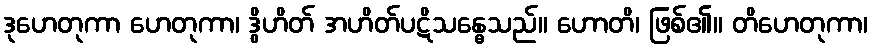
ဒုဟေတုကာ ဟေတုကာ၊ ဒွိဟိတ် အဟိတ်ပဋိသန္ဓေသည်။ ဟောတိ၊ ဖြစ်၏။ တိဟေတုကာ၊